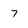
Character: 7